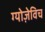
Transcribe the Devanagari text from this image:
ग्योज़ेविच